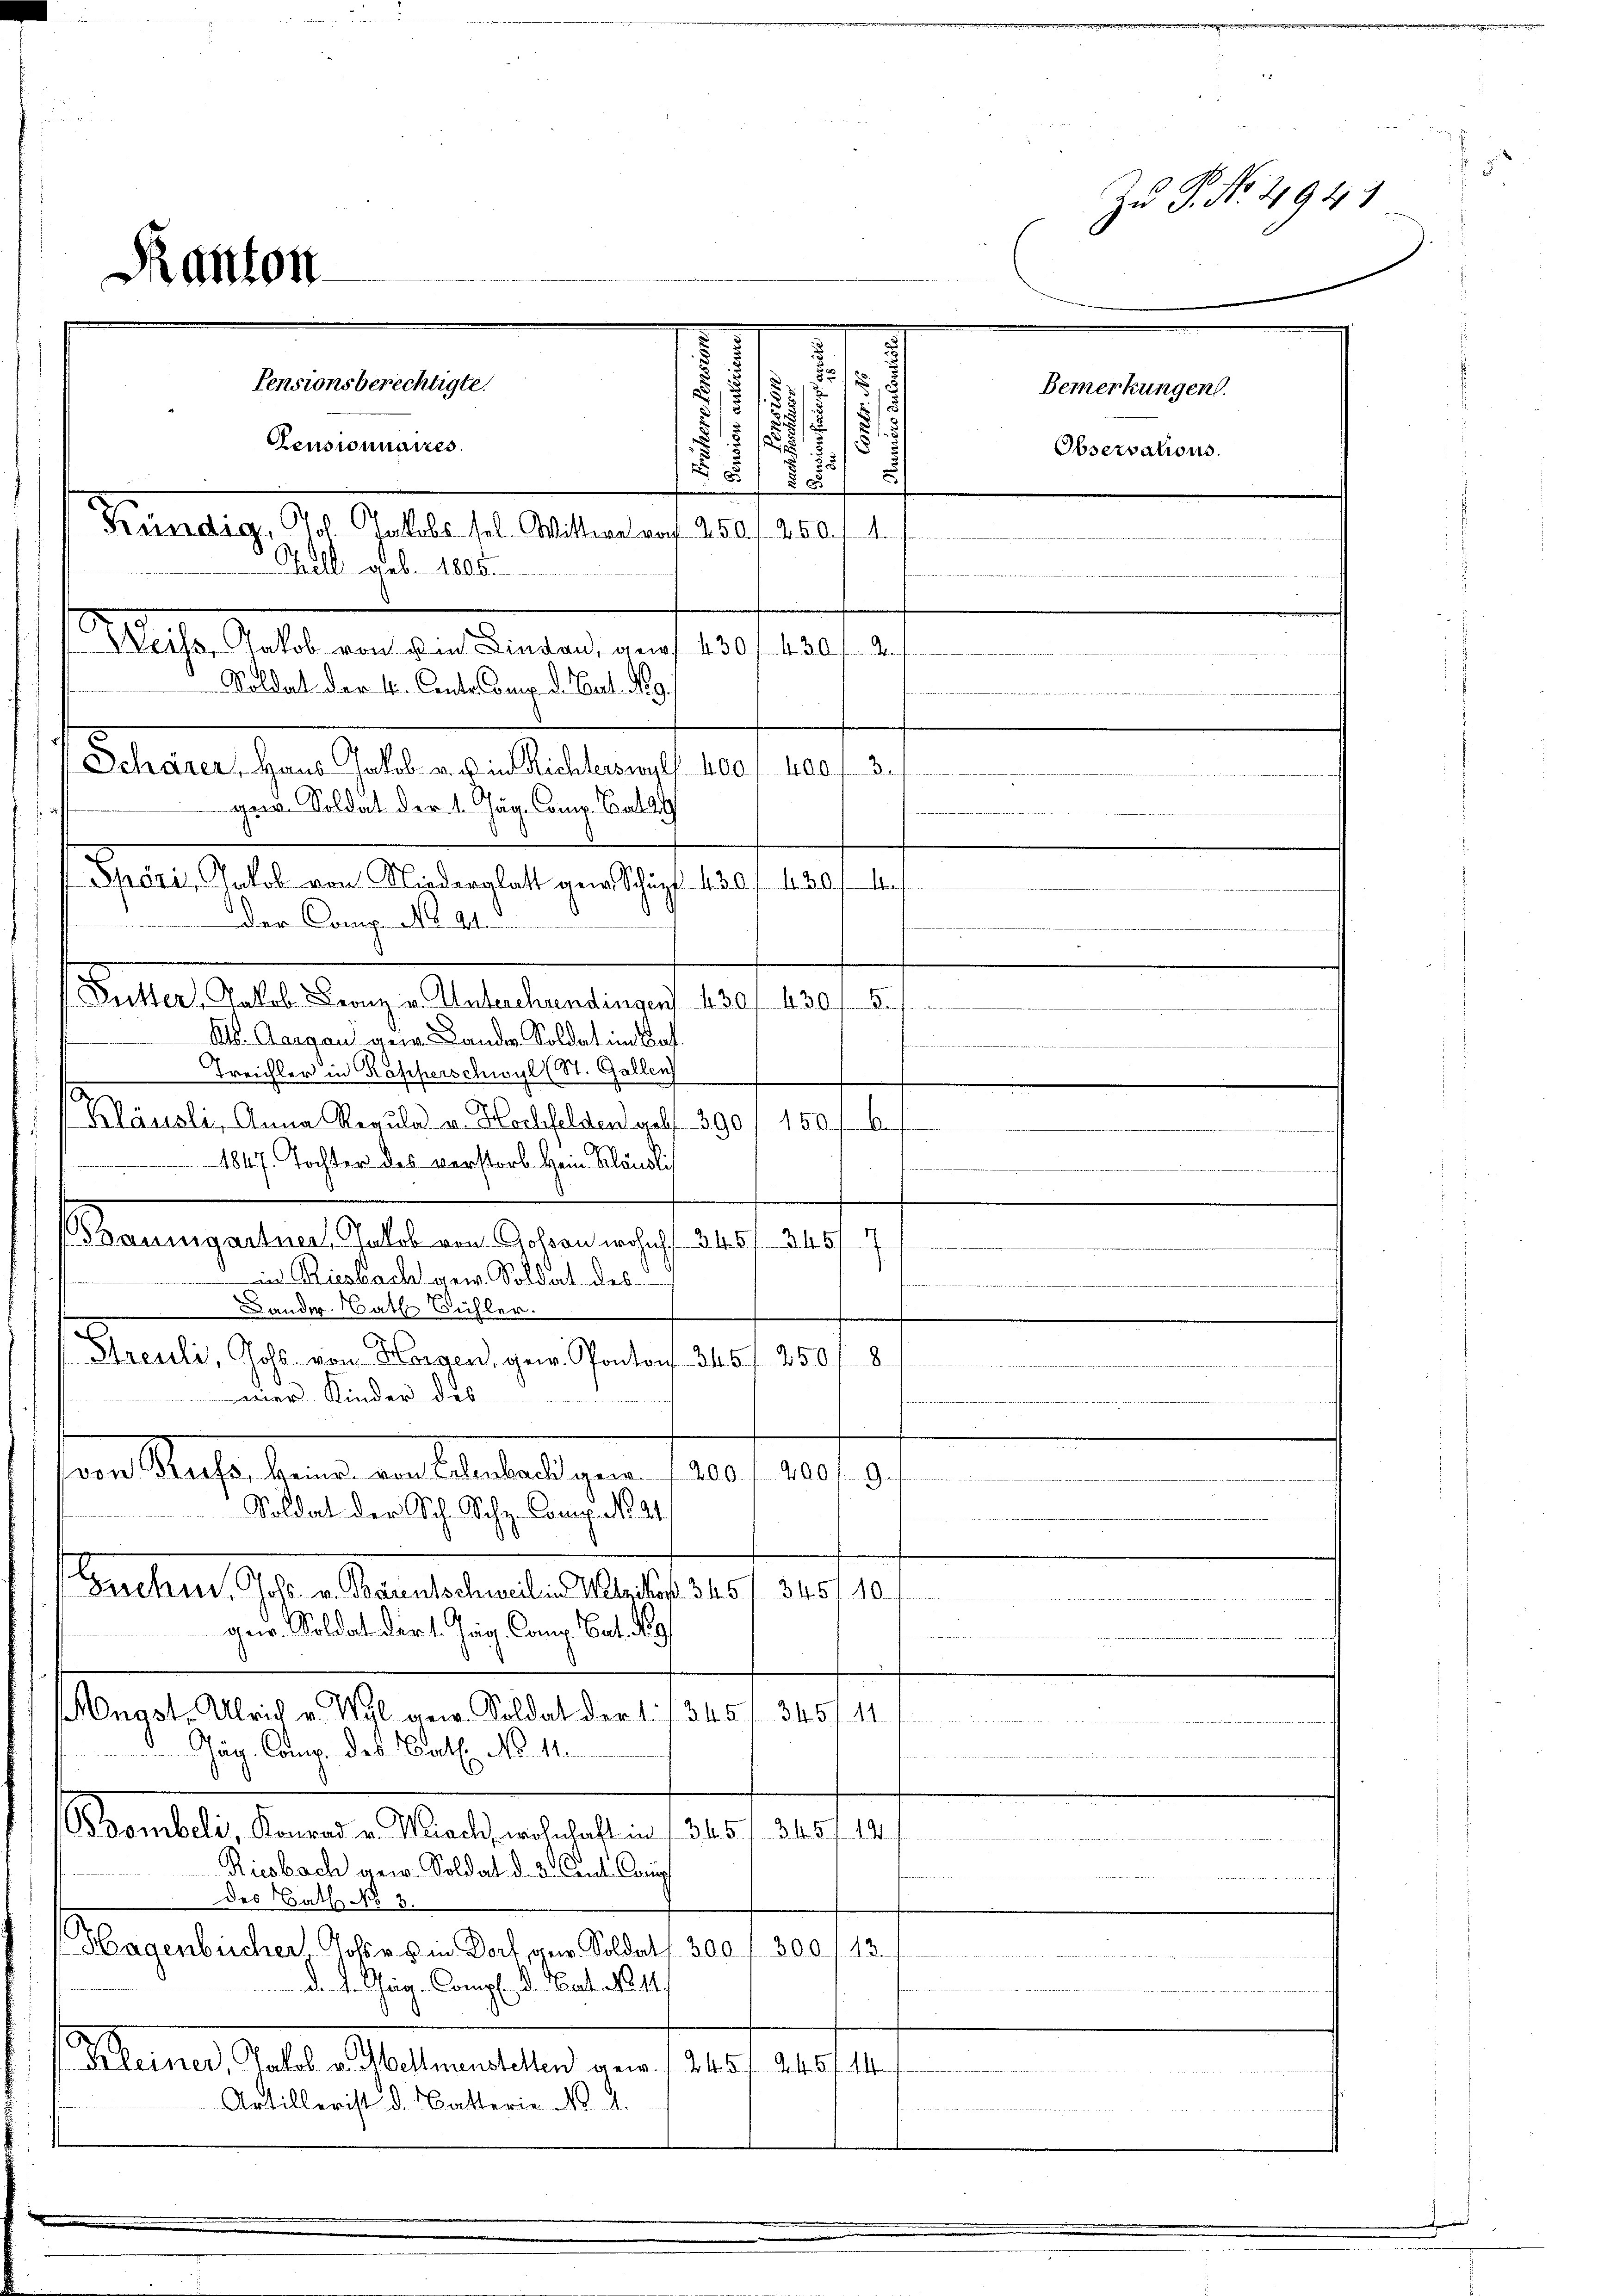
Raitton

55
u
.
.
i
1
/3
i
u
¬
§ 5/5 2/
Als. Aargau ein Lander Soldat im Bah
Treichler in Rapperschwyl (St. Gallen
Kläusli, Anna Regula u. Hochfelden geb. 390
0f
1847 Tochter des verstorb Hein Kländli
.
(Baumgartner, Jakob von Goßau wohnt. 345 f. 345/7/
in Riesbacht gew. Soldat des
Bander. Bath Bühler.
.
Streuli, Johs. von Horgen, gern Ponton 345 f 250
8

mier Kinder des
i
.
von Russ, keine von Bambach gen 1200 f 20
9
Soldat der Sch. Schr. Comp. N. 21.
Guchi, Johs. v. Bärentschweil in Wetzikon. 345 f. 345/10.
 sie in der betreten in denen gewesen gegen Momen
gew. Soldat der 1. Jäg. Comp. Cat. 191
Ongst. Ulrich v. Wyl an. Soldat der 1. 1345 f. 345 f. 11
an, daß man
Gäg. Comp. des Bat. No. 11.
Brombeli Konrad v. Wach, wohnhaft in 1 345 f. 345/12.
Riesbach gew. Soldat d. 3. Cent. Cong
e
des Bath No 3.
Hagenbücher Josers in Dorf gew. Soldat f. 300 f 300 f 13.
     4 der verbiete es
d. 4. Tag. Compl. d. Hat 1811.
Sterner Statt Alemaltend von 1205. 210 f 11
Artillerist d. Batterie No. 4.

Pensionsberechtigte
Censionnaires.
Kündig, Joh. Jakobs sel. Wittwe vor 250 f. 250 f. 1.
Tell geb. 1806.
Waiser Gelat an den Pendant auf 150, 1801. 2.)
Soldat der 4. Centr. Comp. d. Bat. No 9.
r
Schärer, Hans Jakob. v. u. in Richterswyl 400 f 400 f. 3 f
gane Soldat der le Jag-Comp. Cat
Spöri, Jakob von Niederglatt gew. Schupf 430 f. 430 f. 47

Da Crugnola. Sommen
Baller Realis Ganze Stallbeamtung 1801 1891 f.

Zu P. Nr. 4941
Bemerkungen.
Observations.